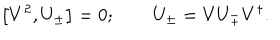
\left[ V ^ { 2 } , U _ { \pm } \right] = 0 ; \qquad U _ { \pm } = V U _ { \mp } V ^ { \dagger } .